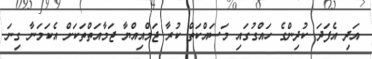
އަދި އެފަދަ ކުދިންގެ ހައްގުގައި މަސައްކަތް ކުރާ ޖަމްއިއްޔާ ޖަމާއަތްތަކަށް އެކަމަނާ ގިނަ